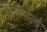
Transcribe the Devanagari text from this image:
लियोपोर्ल्ड